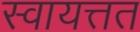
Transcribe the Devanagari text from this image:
स्वायत्तत